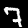
Label: 7